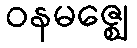
ဝနမဇ္ဈေ